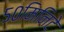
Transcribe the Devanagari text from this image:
५०मिनिटे